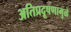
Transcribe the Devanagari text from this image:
अतिप्रदूषणामुळे